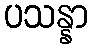
ပသန္နာ